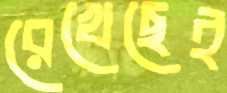
রেখেছেই